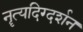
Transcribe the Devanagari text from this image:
नॄत्यदिग्दर्शन